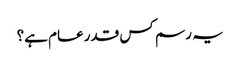
یہ رسم کس قدر عام ہے؟